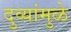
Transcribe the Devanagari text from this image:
दुव्यांमुळे